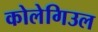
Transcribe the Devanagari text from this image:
कोलेगिउल